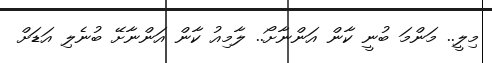
މިލީ.. މަންމަ ބުނީ ކާން އަންނާށޯ.. ލާމިއު ކާން އަންނާށޭ ބުނެލި އަޑަށް